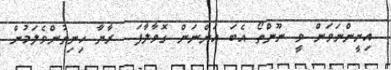
އިށީންނަވަން ވީ ނޫންތޯ އެބަ އަންނަން ގޮވާލާފަ  ރާޔާ ހިނިތުންވެލަމުން